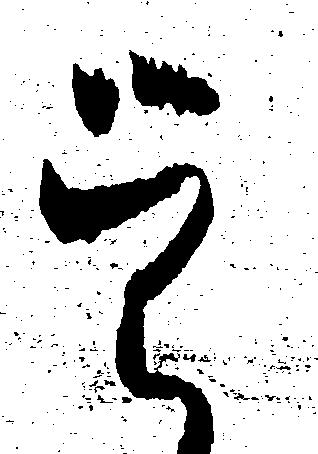
覚